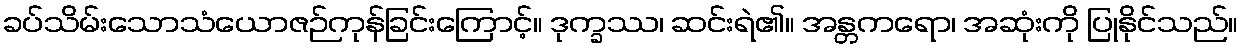
ခပ်သိမ်းသောသံယောဇဉ်ကုန်ခြင်းကြောင့်။ ဒုက္ခဿ၊ ဆင်းရဲ၏။ အန္တကရော၊ အဆုံးကို ပြုနိုင်သည်။